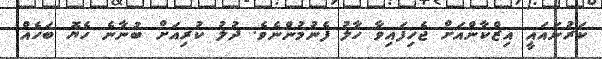
ކަރުނައައީ އިޒްކާންއަށް ޖެހިފައިވާ ހާލު ފެނުމުންނެވެ. ދުލު ކުރިއަށް ބުނާނެ ހެޔޮ ބަހެއް